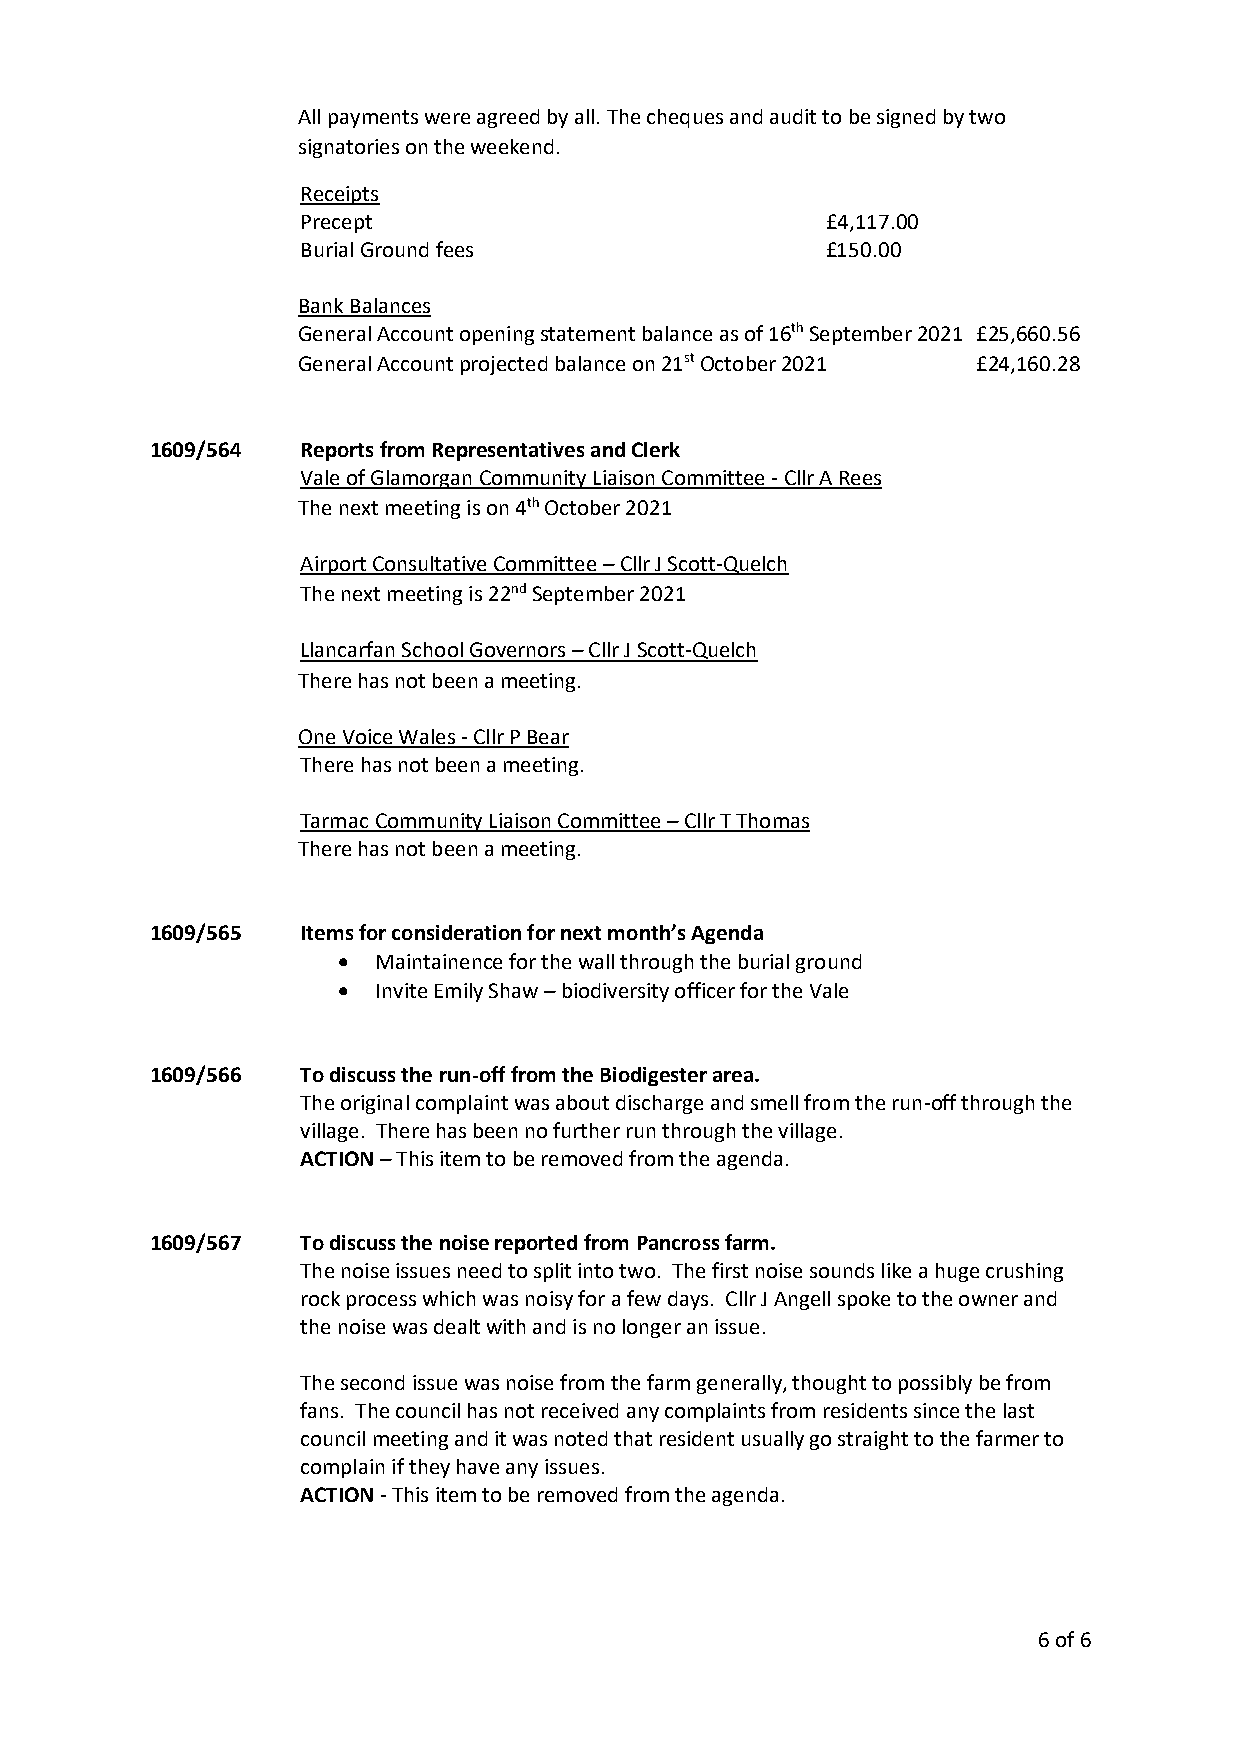
All payments were agreed by all. The cheques and audit to be signed by two
 signatories on the weekend.
 Receipts
 Precept                            £4,117.00
 Burial Ground fees                 £150.00
 Bank Balances
 General Account opening statement balance as of 16th September 2021 £25,660.56
 General Account projected balance on 21st October 2021 £24,160.28
 1609/564  Reports from Representatives and Clerk
 Vale of Glamorgan Community Liaison Committee - Cllr A Rees
 The next meeting is on 4th October 2021
 Airport Consultative Committee – Cllr J Scott-Quelch
 The next meeting is 22nd September 2021
 Llancarfan School Governors – Cllr J Scott-Quelch
 There has not been a meeting.
 One Voice Wales - Cllr P Bear
 There has not been a meeting.
 Tarmac Community Liaison Committee – Cllr T Thomas
 There has not been a meeting.
 1609/565  Items for consideration for next month’s Agenda
 •  Maintainence for the wall through the burial ground
 •  Invite Emily Shaw – biodiversity officer for the Vale
 1609/566  To discuss the run-off from the Biodigester area.
 The original complaint was about discharge and smell from the run-off through the
 village. There has been no further run through the village.
 ACTION – This item to be removed from the agenda.
 1609/567  To discuss the noise reported from Pancross farm.
 The noise issues need to split into two. The first noise sounds like a huge crushing
 rock process which was noisy for a few days. Cllr J Angell spoke to the owner and
 the noise was dealt with and is no longer an issue.
 The second issue was noise from the farm generally, thought to possibly be from
 fans. The council has not received any complaints from residents since the last
 council meeting and it was noted that resident usually go straight to the farmer to
 complain if they have any issues.
 ACTION - This item to be removed from the agenda.
 6 of 6